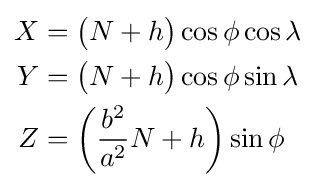
{\begin{aligned}X&={\big (}N+h{\big )}\cos {\phi }\cos {\lambda }\\Y&={\big (}N+h{\big )}\cos {\phi }\sin {\lambda }\\Z&=\left({\frac {b^{2}}{a^{2}}}N+h\right)\sin {\phi }\end{aligned}}